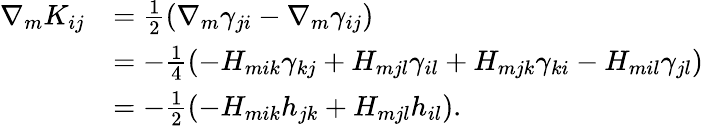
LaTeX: \begin{array}{rl}{\nabla_{m}K_{ij}}&{=\frac{1}{2}(\nabla_{m}\gamma_{ji}-\nabla_{m}\gamma_{ij})}\\ &{=-\frac{1}{4}(-H_{mik}\gamma_{kj}+H_{mjl}\gamma_{il}+H_{mjk}\gamma_{ki}-H_{mil}\gamma_{jl})}\\ &{=-\frac{1}{2}(-H_{mik}h_{jk}+H_{mjl}h_{il}).}\end{array}